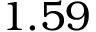
1 . 5 9